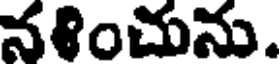
నళించును.